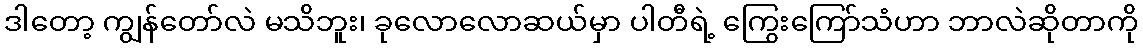
ဒါတော့ ကျွန်တော်လဲ မသိဘူး၊ ခုလောလောဆယ်မှာ ပါတီရဲ့ ကြွေးကြော်သံဟာ ဘာလဲဆိုတာကို